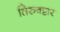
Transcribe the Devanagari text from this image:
तिरुवट्टार